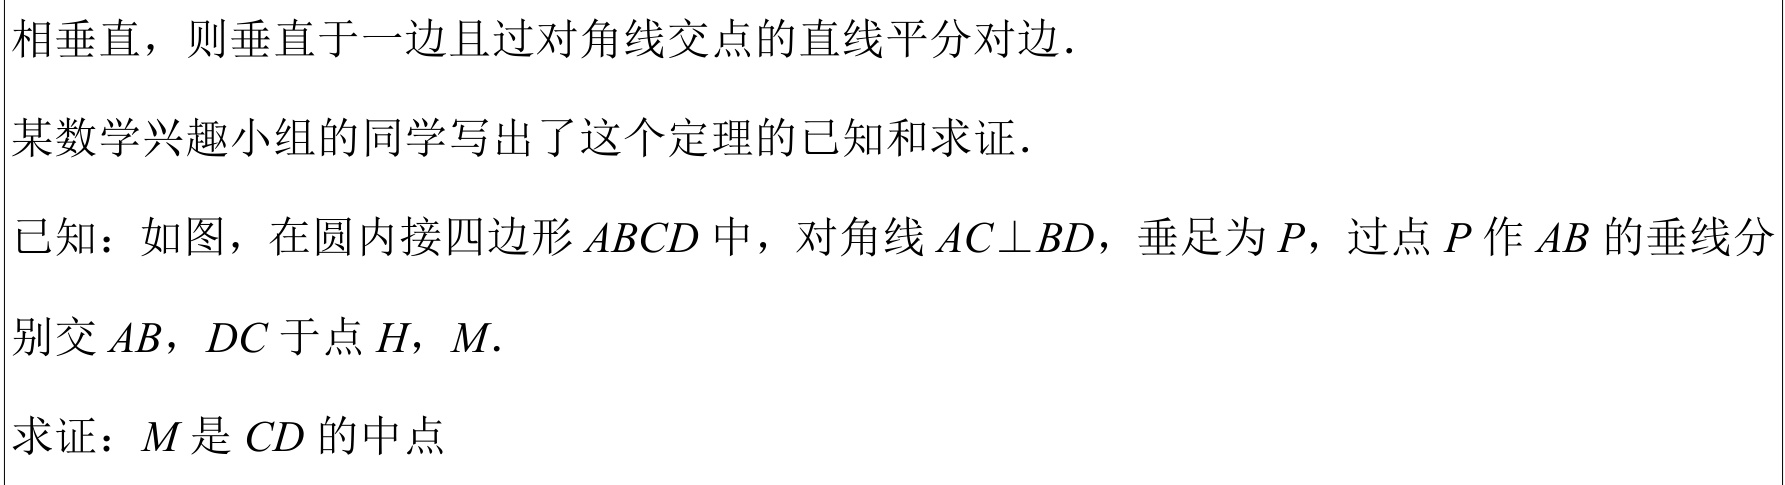
相垂直，则垂直于一边且过对角线交点的直线平分对边.
某数学兴趣小组的同学写出了这个定理的已知和求证.
已知：如图，在圆内接四边形\(ABCD\)中，对角线\(AC\perp BD\)，垂足为\(P\)，过点\(P\)作\(AB\)的垂线分别交\(AB\)，\(DC\)于点\(H\)，\(M\).
求证：\(M\)是\(CD\)的中点